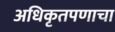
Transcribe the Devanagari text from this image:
अधिकृतपणाचा